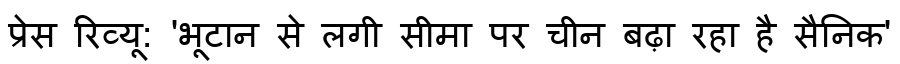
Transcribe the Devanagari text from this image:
प्रेस रिव्यू: 'भूटान से लगी सीमा पर चीन बढ़ा रहा है सैनिक'